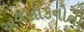
અવલોકનોની